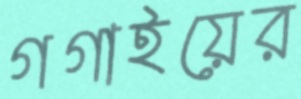
গগাইয়ের